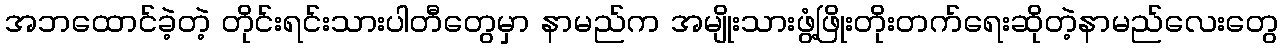
အဘထောင်ခဲ့တဲ့ တိုင်းရင်းသားပါတီတွေမှာ နာမည်က အမျိုးသားဖွံ့ဖြိုးတိုးတက်ရေးဆိုတဲ့နာမည်လေးတွေ